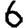
Digit: 6